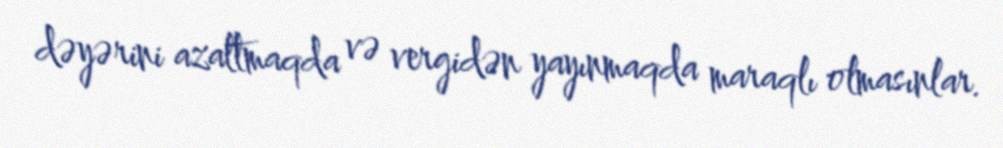
dəyərini azaltmaqda və vergidən yayınmaqda maraqlı olmasınlar.